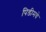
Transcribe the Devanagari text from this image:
पिडीमधे